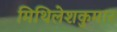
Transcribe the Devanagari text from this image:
मिथिलेशकुमार